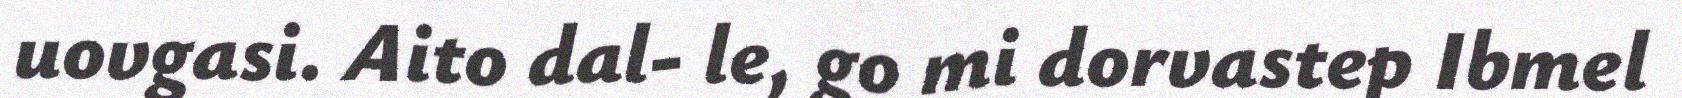
uovgasi. Aito dal- le, go mi dorvastep Ibmel